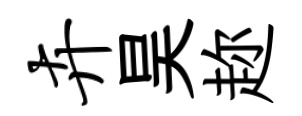
卉昊趂